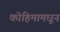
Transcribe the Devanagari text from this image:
कोहिमामधून